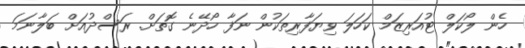
ހެން ލޯކަލް ޓުއަރިޒަމް ކަހަލަ ވިޔަފާރިތަކުން ނަފާ ހޯދޭނެ ގޮތަށް. ރަސްދުއަށް ބަލާނަމަ